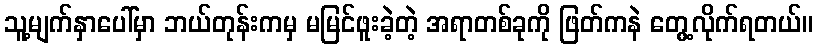
သူ့မျက်နှာပေါ်မှာ ဘယ်တုန်းကမှ မမြင်ဖူးခဲ့တဲ့ အရာတစ်ခုကို ဖြတ်ကနဲ တွေ့လိုက်ရတယ်။